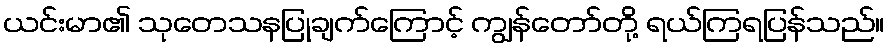
ယင်းမာ၏ သုတေသနပြုချက်ကြောင့် ကျွန်တော်တို့ ရယ်ကြရပြန်သည်။